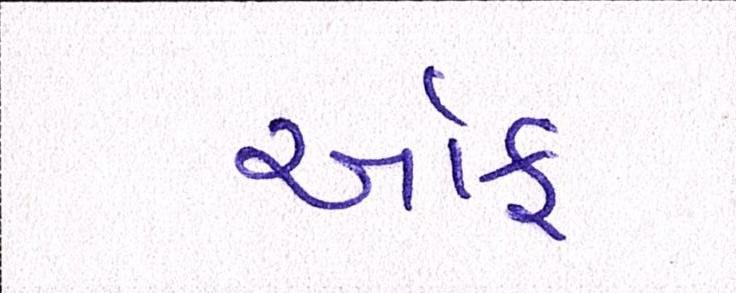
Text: ઑફ